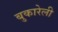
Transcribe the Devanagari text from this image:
बुकारेली